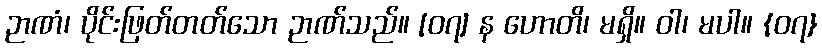
ဉာဏံ၊ ပိုင်းဖြတ်တတ်သော ဉာဏ်သည်။ [၀၇] န ဟောတိ၊ မရှိ။ ဝါ၊ မပါ။ {၀၇}